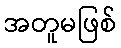
အတူမဖြစ်